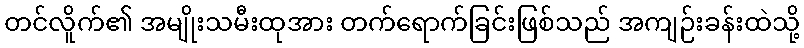
တင်လိူက်၏ အမျိုးသမီးထုအား တက်ရောက်ခြင်းဖြစ်သည် အကျဉ်းခန်းထဲသို့